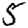
Digit: 5